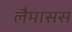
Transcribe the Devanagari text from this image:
लैमासस